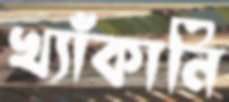
খ্যাঁকানি